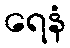
ရေနံ